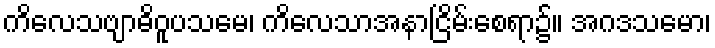
ကိလေသဗျာဓိဝူပသမေ၊ ကိလေသာအနာငြိမ်းစေရာ၌။ အဂဒသမော၊